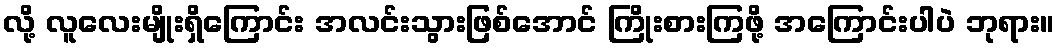
လို့ လူလေးမျိုးရှိကြောင်း အလင်းသွားဖြစ်အောင် ကြိုးစားကြဖို့ အကြောင်းပါပဲ ဘုရား။